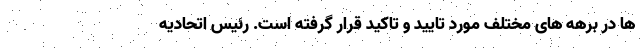
ها در برهه های مختلف مورد تایید و تاکید قرار گرفته است. رئیس اتحادیه